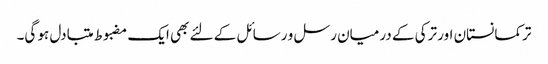
ترکمانستان اور ترکی کے درمیان رسل و رسائل کے لئے بھی ایک مضبوط متبادل ہو گی۔